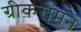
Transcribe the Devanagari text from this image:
ग्रीकरोमन